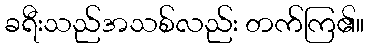
ခရီးသည်အသစ်လည်း တက်ကြ၏။